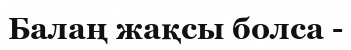
Балаң жақсы болса -